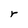
Character: r